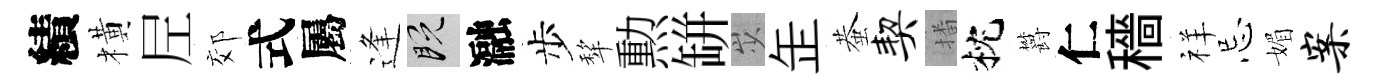
績橫𡰱郊式屬逢既瀜步犂勲缾𡵯𦈢蛬契播枕欝仁穡祥忌媚案